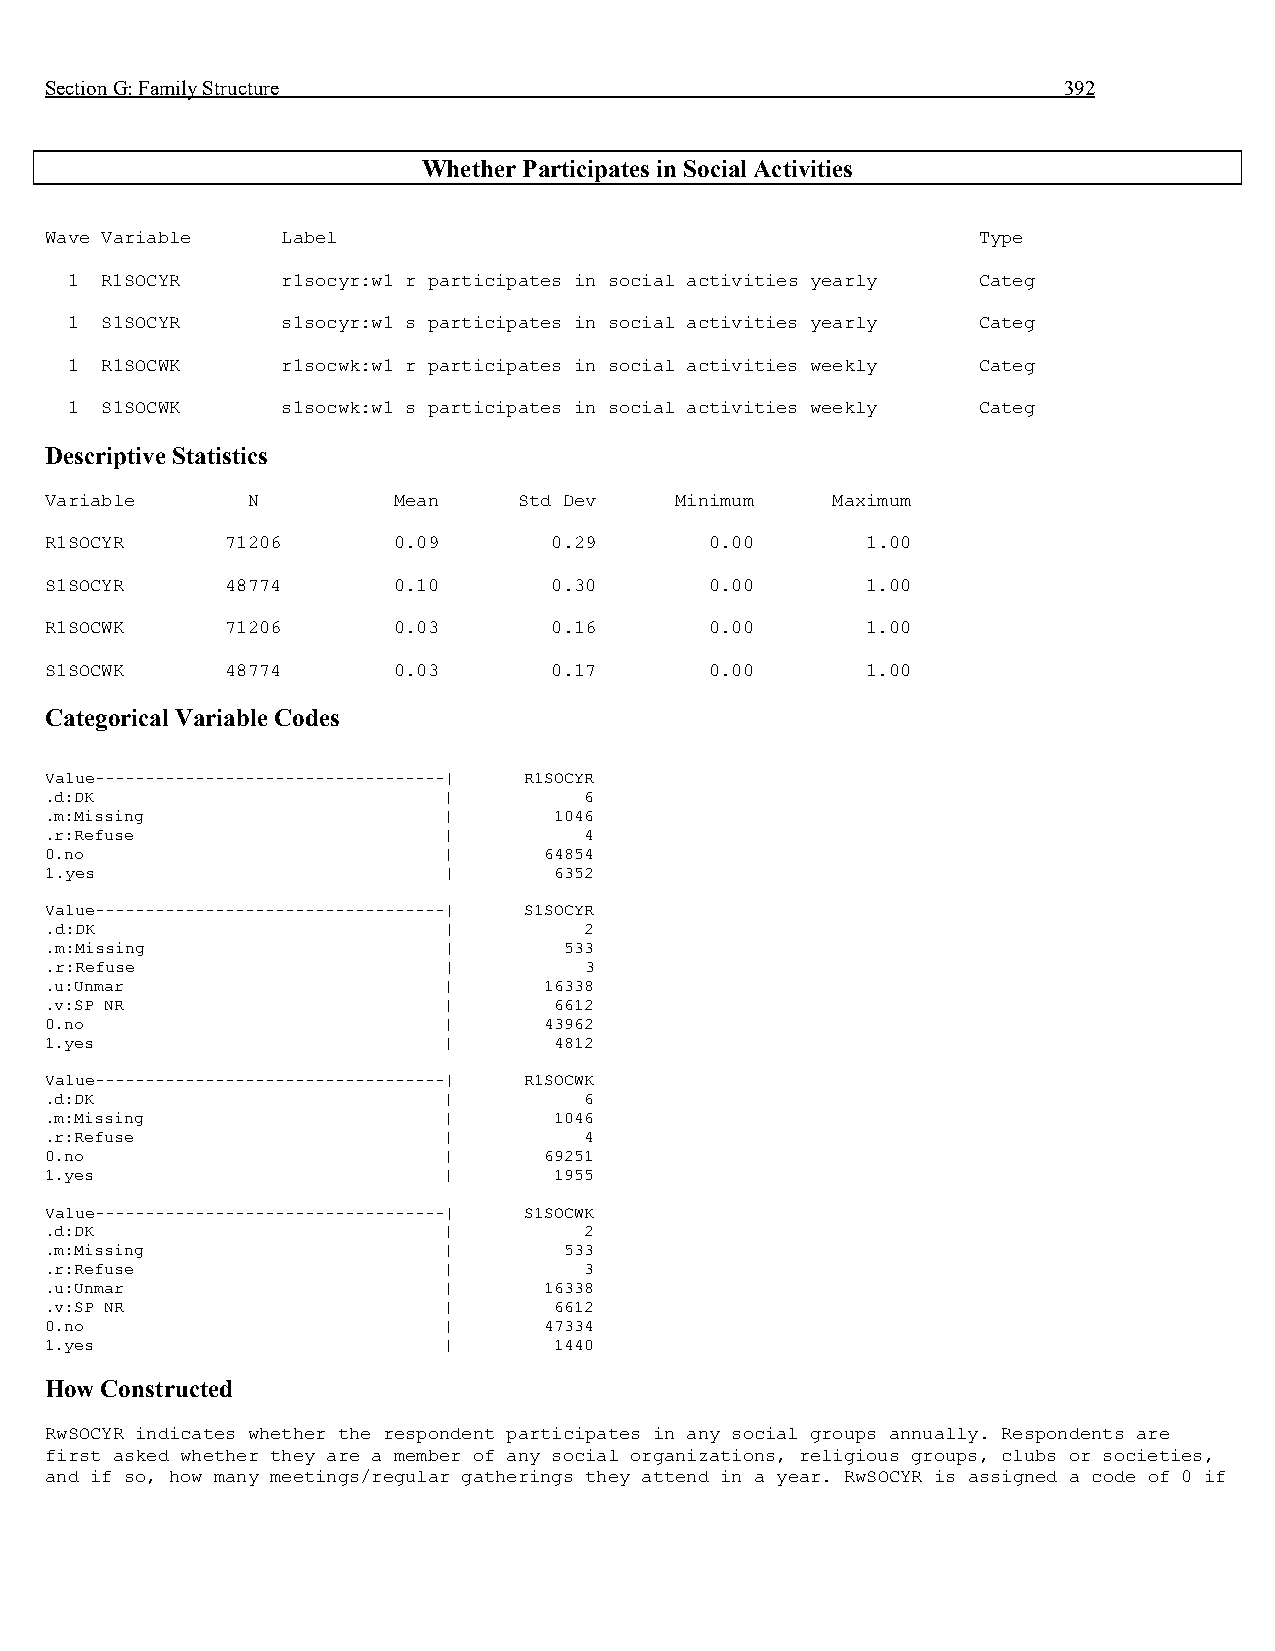
Section G: Family Structure                                        392
 Whether Participates in Social Activities
 Wave Variable   Label                                         Type
 1  R1SOCYR     r1socyr:w1 r participates in social activities yearly Categ
 1  S1SOCYR     s1socyr:w1 s participates in social activities yearly Categ
 1  R1SOCWK     r1socwk:w1 r participates in social activities weekly Categ
 1  S1SOCWK     s1socwk:w1 s participates in social activities weekly Categ
 Descriptive Statistics
 Variable     N         Mean    Std Dev    Minimum   Maximum
 R1SOCYR     71206      0.09      0.29       0.00      1.00
 S1SOCYR     48774      0.10      0.30       0.00      1.00
 R1SOCWK     71206      0.03      0.16       0.00      1.00
 S1SOCWK     48774      0.03      0.17       0.00      1.00
 Categorical Variable Codes
 Value-----------------------------------| R1SOCYR
 .d:DK                     |         6
 .m:Missing                |       1046
 .r:Refuse                 |         4
 0.no                      |      64854
 1.yes                     |       6352
 Value-----------------------------------| S1SOCYR
 .d:DK                     |         2
 .m:Missing                |       533
 .r:Refuse                 |         3
 .u:Unmar                  |      16338
 .v:SP NR                  |       6612
 0.no                      |      43962
 1.yes                     |       4812
 Value-----------------------------------| R1SOCWK
 .d:DK                     |         6
 .m:Missing                |       1046
 .r:Refuse                 |         4
 0.no                      |      69251
 1.yes                     |       1955
 Value-----------------------------------| S1SOCWK
 .d:DK                     |         2
 .m:Missing                |       533
 .r:Refuse                 |         3
 .u:Unmar                  |      16338
 .v:SP NR                  |       6612
 0.no                      |      47334
 1.yes                     |       1440
 How Constructed
 RwSOCYR indicates whether the respondent participates in any social groups annually. Respondents are
 first asked whether they are a member of any social organizations, religious groups, clubs or societies,
 and if so, how many meetings/regular gatherings they attend in a year. RwSOCYR is assigned a code of 0 if